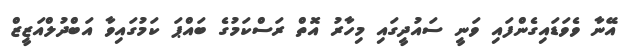
އޭނާ ވެވަޑައިގެންފައި ވަނީ ސައުދީގައި މިހާރު އޮތް ރަސްކަމުގެ ބައްޕަ ކަމުގައިވާ އަބްދުލްއަޒީޒް